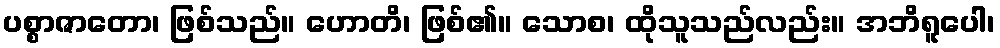
ပစ္စာဇာတော၊ ဖြစ်သည်။ ဟောတိ၊ ဖြစ်၏။ သောစ၊ ထိုသူသည်လည်း။ အဘိရူပေါ၊